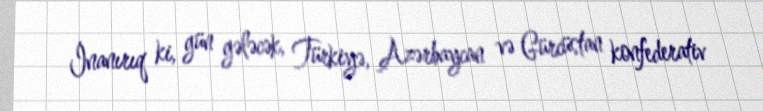
İnanırıq ki, gün gələcək, Türkiyə, Azərbaycan və Gürcüstan konfederativ